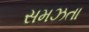
સમઝતા